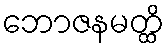
ဘောဇနမတ္ထိ